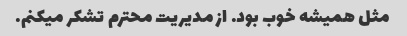
مثل همیشه خوب بود. از مدیریت محترم تشکر میکنم.